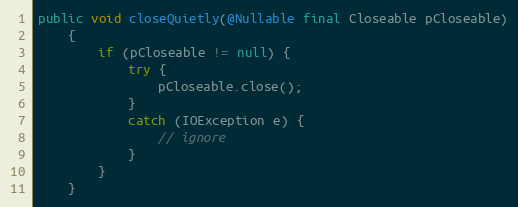
Language: Java
public void closeQuietly(@Nullable final Closeable pCloseable)
    {
        if (pCloseable != null) {
            try {
                pCloseable.close();
            }
            catch (IOException e) {
                // ignore
            }
        }
    }